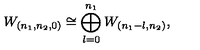
W _ { ( n _ { 1 } , n _ { 2 } , 0 ) } \cong \bigoplus _ { l = 0 } ^ { n _ { 1 } } W _ { ( n _ { 1 } - l , n _ { 2 } ) } ,